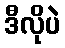
ဒီလိုပဲ